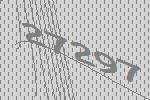
27297